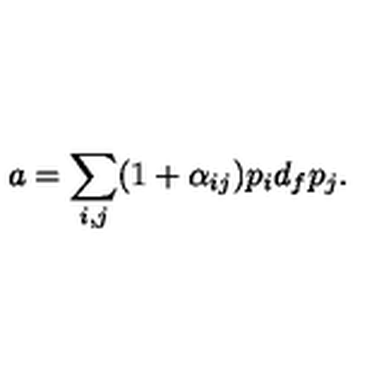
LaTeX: a = \sum _ { i , j } ( 1 + \alpha _ { i j } ) p _ { i } d _ { f } p _ { j } .